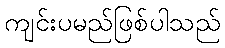
ကျင်းပမည်ဖြစ်ပါသည်